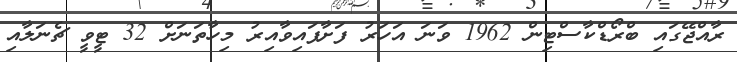
ރާއްޖޭގައި ބްރޯޑްކާސްޓިން 1962 ވަނަ އަހަރު ފަށާފައިވާއިރު މިހާތަނަަށް 32 ޓީވީ ޗެނަލާއި